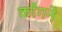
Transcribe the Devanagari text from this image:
काँगने